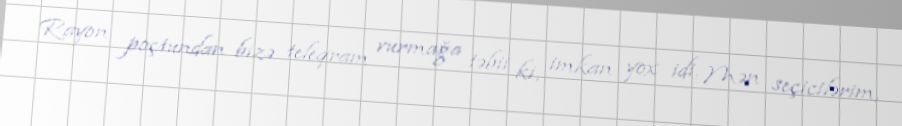
Rayon poçtundan bizə teleqram vurmağa təbii ki, imkan yox idi. Mən seçicilərim,